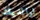
لوالديك